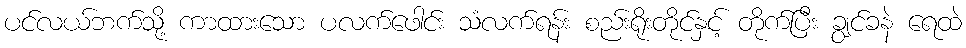
ပင်လယ်ဘက်သို့ ကာထားသော ပလက်ဖေါင်း သံလက်ရန်း စည်းရိုးတိုင်နှင့် တိုက်ပြီး ချွင်ခနဲ ရေထဲ